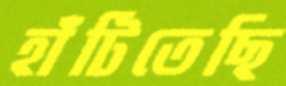
হাঁটিতেছি